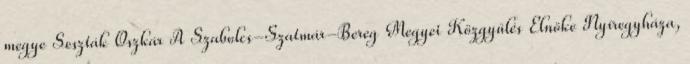
megye Seszták Oszkár A Szabolcs-Szatmár-Bereg Megyei Közgyűlés Elnöke Nyíregyháza,